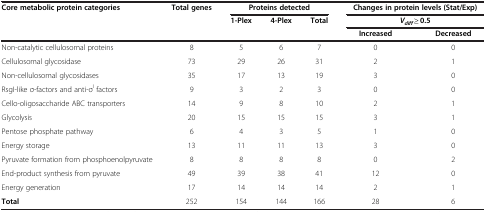
<table><thead><tr><td rowspan="3"><b>Core metabolic protein categories</b></td><td><b>Total genes</b></td><td colspan="3"><b>Proteins detected</b></td><td colspan="2"><b>Changes in protein levels (Stat/Exp)</b></td></tr><tr><td><b> </b></td><td><b>1-Plex</b></td><td><b>4-Plex</b></td><td><b>Total</b></td><td colspan="2"><b><i>V</i><sub><i>diff</i></sub> ≥ 0.5</b></td></tr><tr><td><b> </b></td><td><b> </b></td><td><b> </b></td><td><b> </b></td><td><b>Increased</b></td><td><b>Decreased</b></td></tr></thead><tbody><tr><td>Non-catalytic cellulosomal proteins</td><td>8</td><td>5</td><td>6</td><td>7</td><td>0</td><td>0</td></tr><tr><td>Cellulosomal glycosidase</td><td>73</td><td>29</td><td>26</td><td>31</td><td>2</td><td>1</td></tr><tr><td>Non-cellulosomal glycosidases</td><td>35</td><td>17</td><td>13</td><td>19</td><td>3</td><td>0</td></tr><tr><td>RsgI-like σ-factors and anti-σ<sup>I</sup> factors</td><td>9</td><td>3</td><td>2</td><td>3</td><td>0</td><td>0</td></tr><tr><td>Cello-oligosaccharide ABC transporters</td><td>14</td><td>9</td><td>8</td><td>10</td><td>2</td><td>1</td></tr><tr><td>Glycolysis</td><td>20</td><td>15</td><td>15</td><td>15</td><td>3</td><td>1</td></tr><tr><td>Pentose phosphate pathway</td><td>6</td><td>4</td><td>3</td><td>5</td><td>1</td><td>0</td></tr><tr><td>Energy storage</td><td>13</td><td>11</td><td>11</td><td>13</td><td>3</td><td>0</td></tr><tr><td>Pyruvate formation from phosphoenolpyruvate</td><td>8</td><td>8</td><td>8</td><td>8</td><td>0</td><td>2</td></tr><tr><td>End-product synthesis from pyruvate</td><td>49</td><td>39</td><td>38</td><td>41</td><td>12</td><td>0</td></tr><tr><td>Energy generation</td><td>17</td><td>14</td><td>14</td><td>14</td><td>2</td><td>1</td></tr><tr><td><b>Total</b></td><td>252</td><td>154</td><td>144</td><td>166</td><td>28</td><td>6</td></tr></tbody></table>